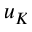
u _ { K }